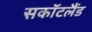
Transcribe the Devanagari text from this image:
सकॉटलैंड